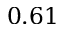
0 . 6 1